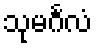
သုမင်္ဂလံ